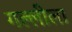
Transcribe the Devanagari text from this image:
गल्लीला